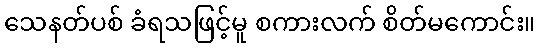
သေနတ်ပစ် ခံရသဖြင့်မူ စကားလက် စိတ်မကောင်း။